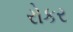
રોકર